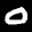
Label: 0